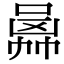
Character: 𠚙